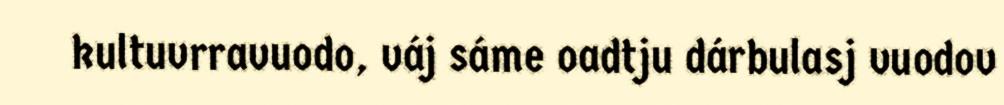
kultuvrravuodo, váj sáme oadtju dárbulasj vuodov